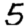
Digit: 5